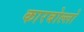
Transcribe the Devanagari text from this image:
कारबोल्लो